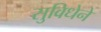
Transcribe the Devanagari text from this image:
सुविधेने